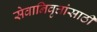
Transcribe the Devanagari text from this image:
सेवानिवृत्तांसाठी